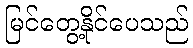
မြင်တွေ့နိုင်ပေသည်